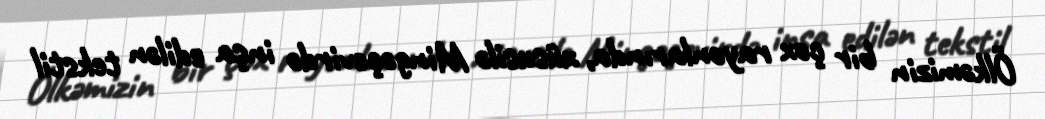
Ölkəmizin bir çox rayonlarında, xüsusilə Mingəçevirdə inşa edilən tekstil